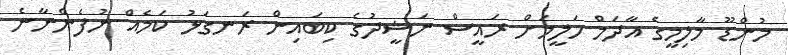
މުންޑޫ މާލިމީގެ އާދަމް ހަލީމަށް ރައީސް ނަޝީދުގެ ކިބައިން ރަނގަޅު ކަމެއް ނުފެންނާނެ